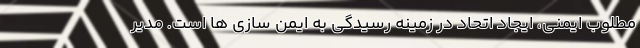
مطلوب ایمنی، ایجاد اتحاد در زمینه رسیدگی به ایمن سازی ها است. مدیر